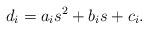
LaTeX: \begin{align*}d_i = a_i s^2 + b_i s +c_i.\end{align*}